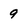
Character: 9